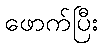
ဖောက်ပြီး